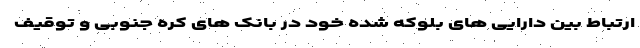
ارتباط بین دارایی های بلوکه شده خود در بانک های کره جنوبی و توقیف